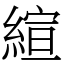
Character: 縇